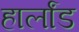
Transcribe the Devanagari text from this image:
हार्लांड